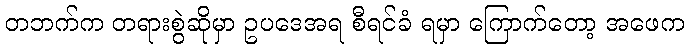
တဘက်က တရားစွဲဆိုမှာ ဥပဒေအရ စီရင်ခံ ရမှာ ကြောက်တော့ အဖေက